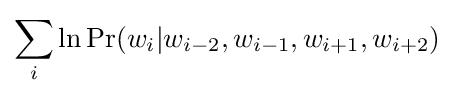
\sum _{i}\ln \Pr(w_{i}|w_{i-2},w_{i-1},w_{i+1},w_{i+2})